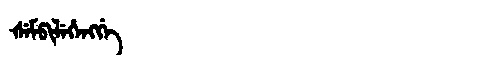
Manchu: ᡧᡝᠮᡦᡳᠯᡝᡥᡝᠩᡤᡝ
Romanization: ŠEMPILEHENGGE